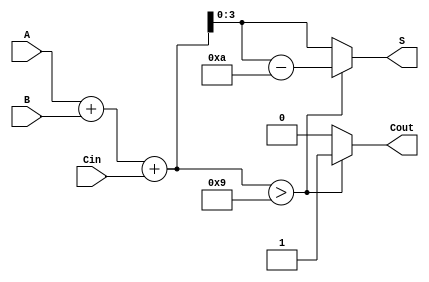
module BCD_Hybrid_Adder (
    input [3:0] A,      // First BCD digit
    input [3:0] B,      // Second BCD digit
    input Cin,          // Carry input
    output reg [3:0] S, // BCD result
    output reg Cout      // Carry output
);

    wire [4:0] Sum;     // Intermediate signal to hold the sum

    // Perform binary addition of A, B, and Cin
    assign Sum = A + B + Cin;

    always @(*) begin
        // Initialize outputs
        S = 4'b0000;
        Cout = 1'b0;

        // Check if the sum exceeds valid BCD range
        if (Sum > 5'd9) begin
            // If Sum is greater than 9, correct by adding 6
            S = Sum - 5'd10; // Subtract 10 to bring it back to valid BCD range
            Cout = 1'b1;     // Set the carry out signal
        end else begin
            // If Sum is valid BCD (0 to 9)
            S = Sum[3:0];    // Assign the lower 4 bits directly
            Cout = 1'b0;     // No carry out
        end
    end
endmodule